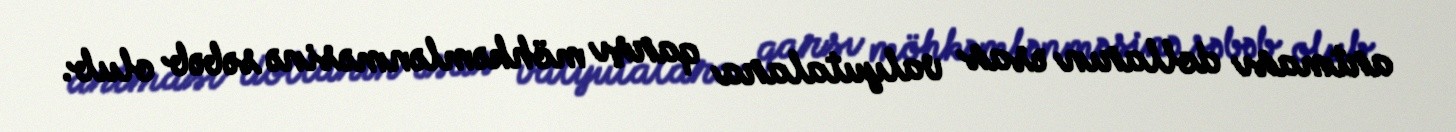
artması dolların əsas valyutalara qarşı möhkəmlənməsinə səbəb olub.